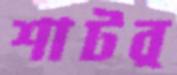
শাটর্